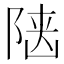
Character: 𨺞